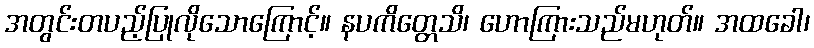
အတွင်းတပည့်ပြုလိုသောကြောင့်။ နပကိတ္တေသိ၊ ဟောကြားသည်မဟုတ်။ အထခေါ၊